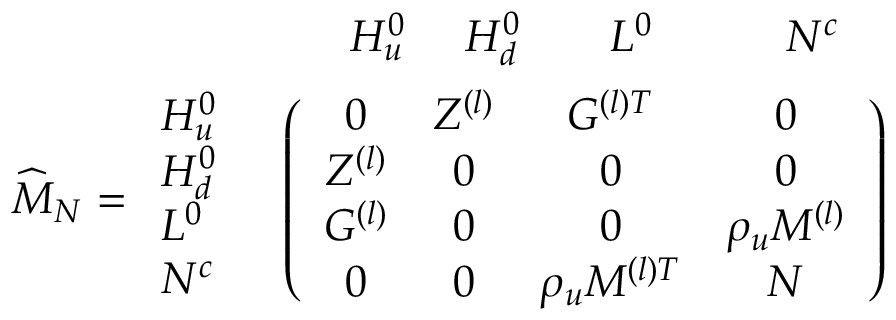
\begin{array} { r l } { { \vphantom { \bigg ( } } } & { { \begin{array} { c c c c c } { { \quad H _ { u } ^ { 0 } } } & { { \ H _ { d } ^ { 0 } } } & { { \quad L ^ { 0 } } } & { { \qquad N ^ { c } } } & { { } } \end{array} } } \\ { { \widehat { M } _ { N } = \begin{array} { l } { { H _ { u } ^ { 0 } } } \\ { { H _ { d } ^ { 0 } } } \\ { { L ^ { 0 } } } \\ { { N ^ { c } } } \end{array} } } & { { \left( \begin{array} { c c c c } { { 0 } } & { { Z ^ { ( l ) } } } & { { G ^ { ( l ) T } } } & { { 0 } } \\ { { Z ^ { ( l ) } } } & { { 0 } } & { { 0 } } & { { 0 } } \\ { { G ^ { ( l ) } } } & { { 0 } } & { { 0 } } & { { \rho _ { u } M ^ { ( l ) } } } \\ { { 0 } } & { { 0 } } & { { \rho _ { u } M ^ { ( l ) T } } } & { { N } } \end{array} \right) } } \end{array}